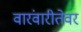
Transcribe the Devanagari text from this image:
वारंवारीतेवर